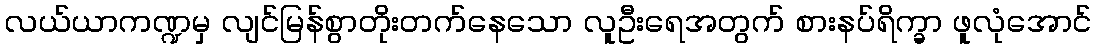
လယ်ယာကဏ္ဍမှ လျင်မြန်စွာတိုးတက်နေသော လူဦးရေအတွက် စားနပ်ရိက္ခာ ဖူလုံအောင်